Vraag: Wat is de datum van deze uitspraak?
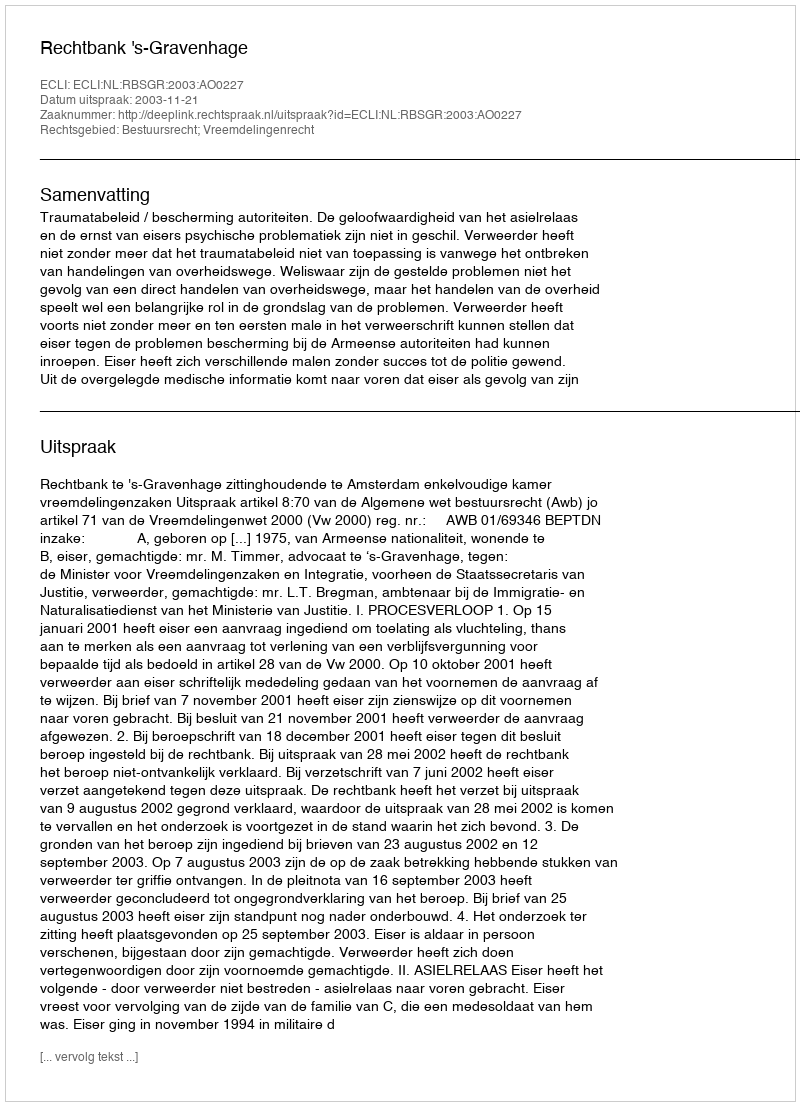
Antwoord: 2003-11-21